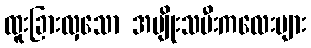
ထူးခြားလှသော အမျိုးသမီးကလေးများ